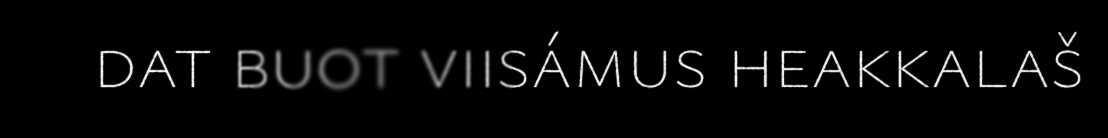
dat buot viisámus heakkalaš